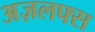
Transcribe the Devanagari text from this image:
अज़लफ्स